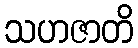
သဟဇာတိ